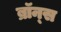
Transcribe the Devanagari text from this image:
ब्रॉन्‍स